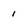
Character: 1